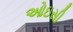
ઓઇસી